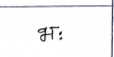
मजकूर: भः